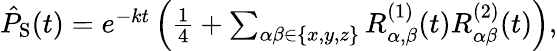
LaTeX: \begin{array}{r}{\hat{P}_{\mathrm{S}}(t)=e^{-kt}\left(\frac{1}{4}+\sum_{\alpha\beta\in\{ x,y,z\} }R_{\alpha,\beta}^{(1)}(t)R_{\alpha\beta}^{(2)}(t)\right),}\end{array}